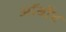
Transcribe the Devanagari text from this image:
ऑर्बोट